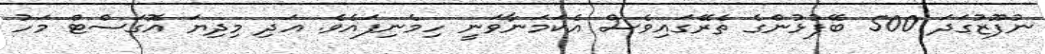
ނުފޫޒުގަދަ 500 ބޭފުޅުންގެ ތެރޭގައިވެސް އެކަމަނާވަނީ ހިމެނިފައެވެ. އަދި މިދިޔަ އޮގަސްޓް މަހު